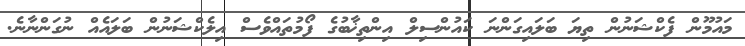
މައުމޫން ފެކްޝަނުން ތިޔަ ބަލައިގަންނަ ކައުންސިލް އިންތިޚާބުގެ ފޯމުތައްވެސް އިލެކްޝަނުން ބަލައެއް ނުގަންނާނެ.